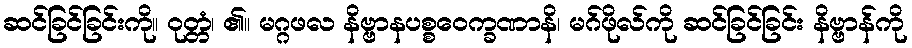
ဆင်ခြင်ခြင်းကို။ ဝုတ္တံ၊ ၏။ မဂ္ဂဖလ နိဗ္ဗာနပစ္စဝေက္ခဏာနိ၊ မဂ်ဖိုလ်ကို ဆင်ခြင်ခြင်း နိဗ္ဗာန်ကို